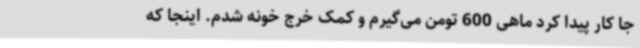
جا کار پیدا کرد ماهی 600 تومن می‌گیرم و کمک خرج خونه شدم. اینجا که